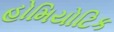
હોમિયોટિક